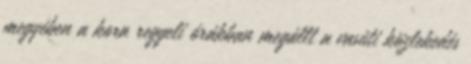
megyében a kora reggeli órákban megállt a vasúti közlekedés